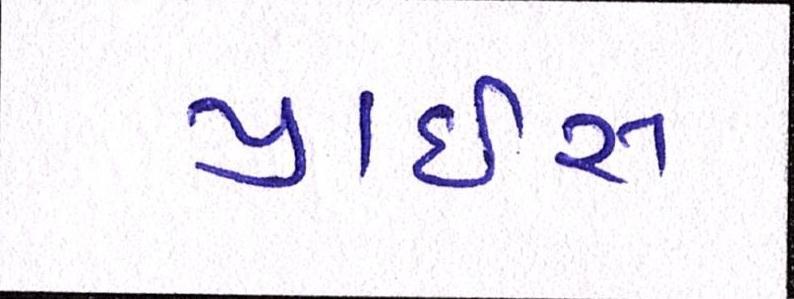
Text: પ્રાઇસ